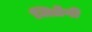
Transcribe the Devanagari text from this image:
जितेगी